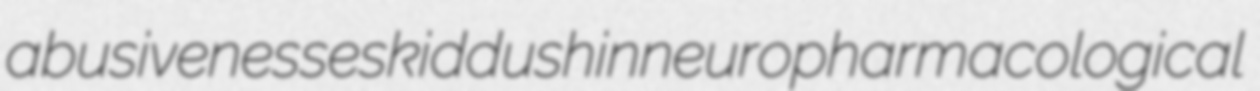
abusivenesses kiddushin neuropharmacological